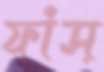
ফাঁস্‌